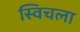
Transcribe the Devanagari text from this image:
स्विचला